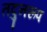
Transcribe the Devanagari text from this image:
तदुनरूप